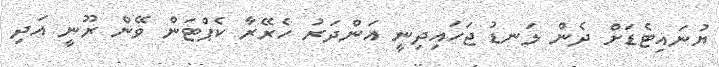
ޔުނައިޓެޑަށް ދެން ލަނޑު ޖަހައިދިނީ އަންދަރު ހެރޭރާ ކެޕްޓަން ވޭން ރޫނީ އަދި